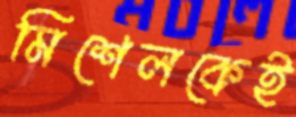
মিশেলকেই